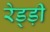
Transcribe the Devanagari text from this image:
रेड्ड़ी